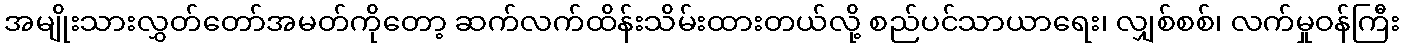
အမျိုးသားလွှတ်တော်အမတ်ကိုတော့ ဆက်လက်ထိန်းသိမ်းထားတယ်လို့ စည်ပင်သာယာရေး၊ လျှစ်စစ်၊ လက်မှုဝန်ကြီး